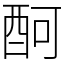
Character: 酠